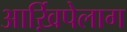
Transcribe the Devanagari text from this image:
आर्ख़िपेलाग